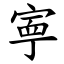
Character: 寕